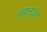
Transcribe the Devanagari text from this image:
इंन्फ्लुएंझा